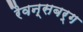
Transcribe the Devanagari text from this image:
रैवन्सबर्ग